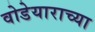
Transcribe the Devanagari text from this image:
वोडेयाराच्या